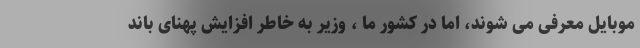
موبایل معرفی می شوند، اما در کشور ما ، وزیر به خاطر افزایش پهنای باند